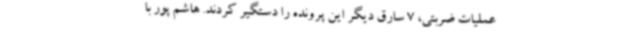
عملیات ضربتی، 7 سارق دیگر این پرونده را دستگیر کردند. هاشم پور با